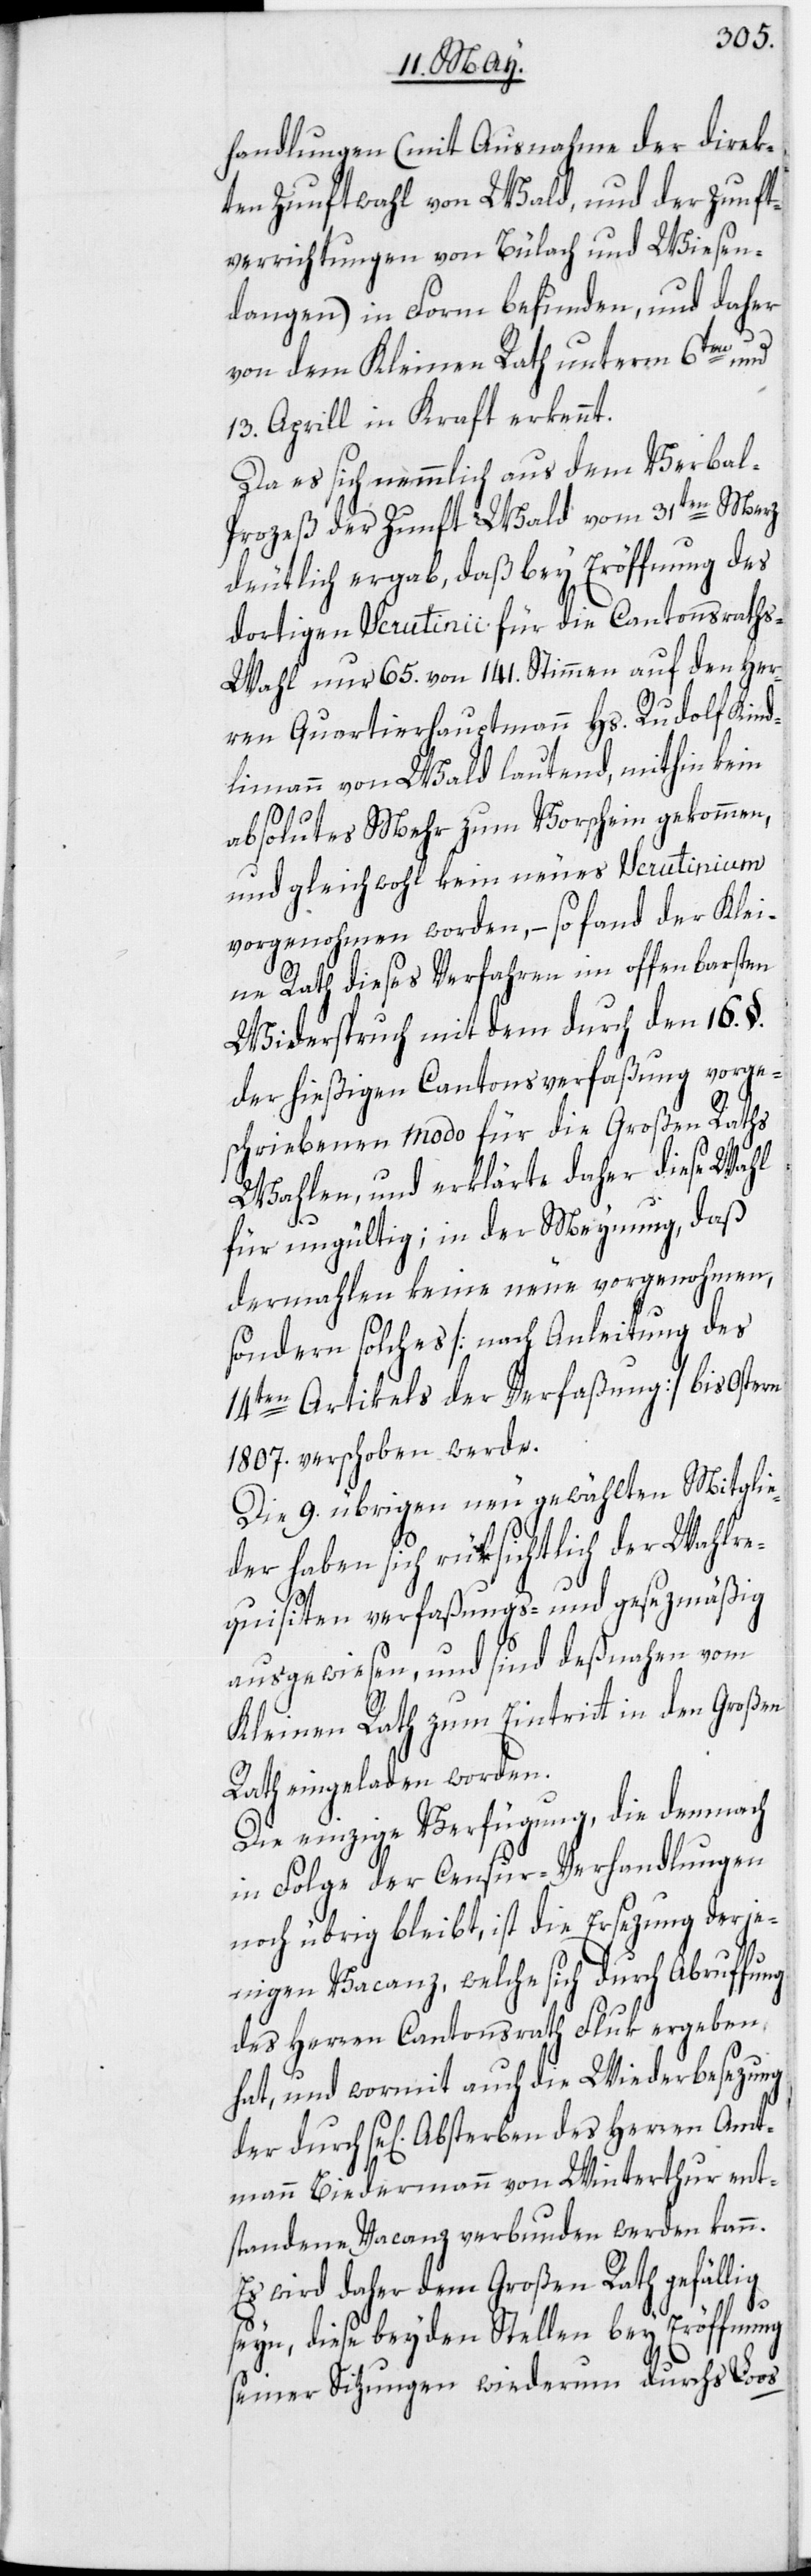
handlungen (mit Ausnahme der direk¬
ten Zunftwahl von Wald, und der Zunft¬
verrichtungen von Bülach und Wiesen¬
dangen) in Form befunden, und daher
von dem Kleinen Rath unterm 6ten und
13. Aprill in Kraft erkennt.
Da es sich nemmlich aus dem Verbal-P¬
rozeß der Zunft Wald vom 31ten Merz
deutlich ergab, daß bey Eröffnung des
dortigen Scrutinii für die Cantonsrath¬
s-Wahl nur 65. von 141. Stimmen auf den Her¬
ren Quartierhauptmann Hs. Rudolf Kind¬
limann von Wald lautend, mithin kein
Amt¬
absolutes Mehr zum Vorschein gekommen,
und gleichwohl kein neues Scrutinium
vorgenohmen worden, – so fand der Klei¬
ne Rath dieses Verfahren im offenbarsten
Widerspruch mit dem durch den 16. §.
der hießigen Cantonsverfaßung vorge¬
schriebenen modo für die Großen Raths
Wahlen, und erklärte daher diese Wahl
für ungültig; in der Meynung, daß
dermahlen keine neue vorgenohmen,
sondern solches [nach Anleitung des
14ten Artikels der Verfaßung] bis Ostern
1807. verschoben werde.
Die 9. übrigen neu gewählten Mitglie¬
der haben sich rüksichtlich der Wahlre¬
quisiten verfaßungs- und gesezmäßig
ausgewiesen, und sind deßnahen vom
Kleinen Rath zum Eintritt in den Großen
Rath eingeladen worden.
Die einzige Verfügung, die demnach
in Folge der Censur-Verhandlungen
noch übrig bleibt, ist die Ersezung derje¬
nigen Vacanz, welche sich durch Abruffung
des Herren Cantonsrath Fluk ergeben
hat, und wormit auch die Wiederbesezung
mann Biedermann von Winterthur ent¬
standene Vacanz verbunden werden kann.
Es wird daher dem Großen Rath gefällig
seyn, diese beyden Stellen bey Eröffnung
seiner Sitzungen wiederum durchs Loos